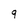
Character: q